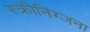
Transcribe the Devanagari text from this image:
स्क्रीनिंग्जना